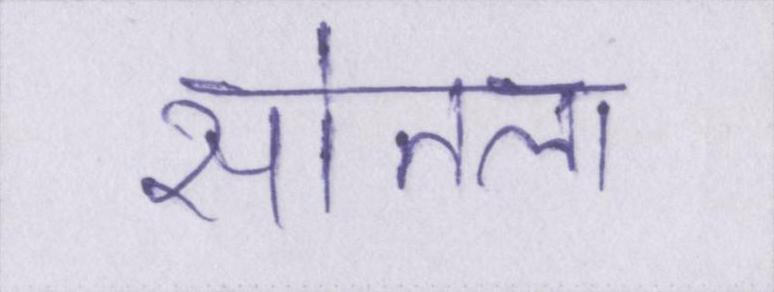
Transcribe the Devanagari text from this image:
सोतला